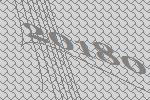
20180